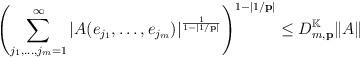
LaTeX: \begin{align*}\left( \sum_{j_{1},\dots,j_{m}=1}^{\infty}\left\vert A(e_{j_{1}},\dots,e_{j_{m}})\right\vert ^{\frac{1}{1-\left\vert 1/\mathbf{p}\right\vert}}\right) ^{1-\left\vert 1/\mathbf{p}\right\vert }\leq D_{m,\mathbf{p}}^{\mathbb{K}}\Vert A\Vert\end{align*}